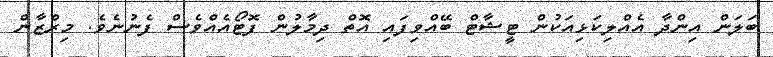
ބަލަން އިންދާ އެއްލިކަޅިއަކުން ޓީޝާޓް ބޭއްވިފައި އޮތް ދިމާލުން ފޮޓޯއެއްވެސް ފެނުނެވެ. މިރްޒާން